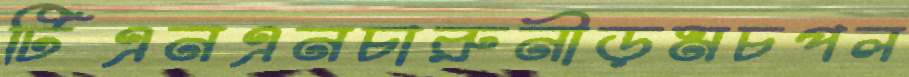
টিএনএনচারুনীড়মচপল